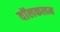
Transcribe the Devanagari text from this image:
वॉलकलम